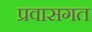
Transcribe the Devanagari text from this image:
प्रवासगत